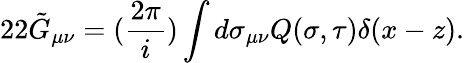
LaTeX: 22\tilde{G}_{\mu\nu}=(\frac{2\pi}{i})\int d\sigma_{\mu\nu}Q(\sigma,\tau)\delta(x-z).